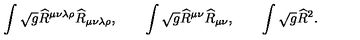
\int \sqrt { g } \widehat { R } ^ { \mu \nu \lambda \rho } \widehat { R } _ { \mu \nu \lambda \rho } , \qquad \int \sqrt { g } \widehat { R } ^ { \mu \nu } \widehat { R } _ { \mu \nu } , \qquad \int \sqrt { g } \widehat { R } ^ { 2 } .